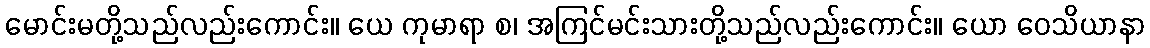
မောင်းမတို့သည်လည်းကောင်း။ ယေ ကုမာရာ စ၊ အကြင်မင်းသားတို့သည်လည်းကောင်း။ ယော ဝေသိယာနာ